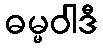
ဓမ္မဝါဒီ